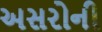
અસરોની